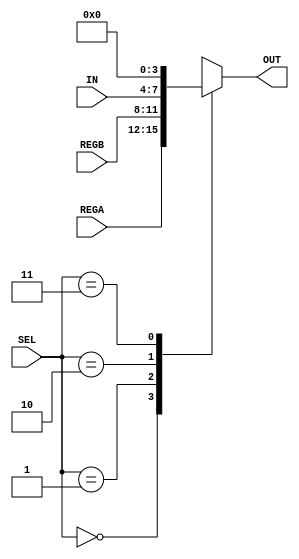
module SELECTOR (
	input [3:0] REGA,
	input [3:0] REGB,
	input [3:0] IN,
	input [1:0] SEL,
	output reg [3:0] OUT
);

always @* begin
	case (SEL)
		2'b00: OUT <= REGA;
		2'b01: OUT <= REGB;
		2'b10: OUT <= IN;
		2'b11 : OUT <= 4'b0000;
	endcase
end

endmodule